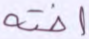
أخنه